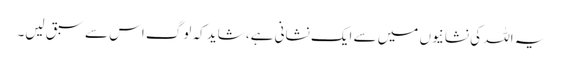
یہ اللہ کی نشانیوں میں سے ایک نشانی ہے، شاید کہ لوگ اس سے سبق لیں۔